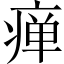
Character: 瘅